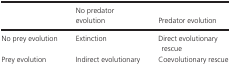
|  | No predator evolution | Predator evolution |
 | --- | --- | --- |
 | No prey evolution | Extinction | Direct evolutionary rescue |
 | Prey evolution | Indirect evolutionary rescue | Coevolutionary rescue |